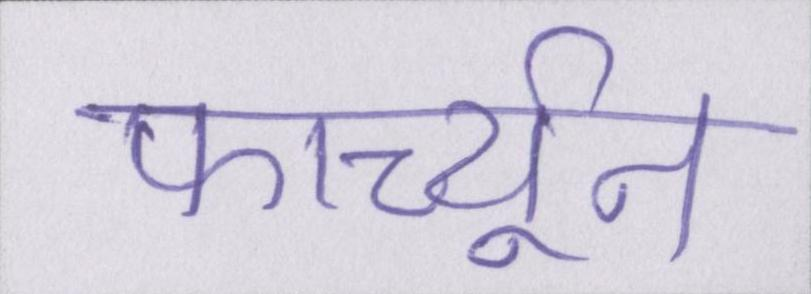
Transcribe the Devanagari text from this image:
फार्च्यून